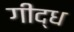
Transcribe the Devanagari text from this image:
गीद्ध